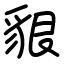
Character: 貇